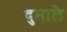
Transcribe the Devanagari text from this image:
दुमाले